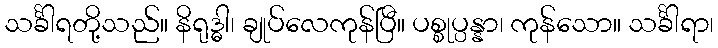
သင်္ခါရတို့သည်။ နိရုဒ္ဓါ၊ ချုပ်လေကုန်ပြီ။ ပစ္စုပ္ပန္နာ၊ ကုန်သော။ သင်္ခါရာ၊